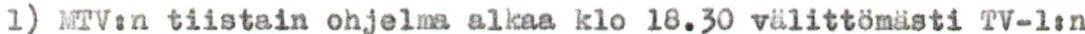
l) MTV:n tiistain ohjelma alkaa klo 18.30 välittömästi TV-1:n